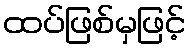
ထပ်ဖြစ်မှဖြင့်